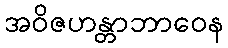
အဝိဇဟန္တာဘာဝေန